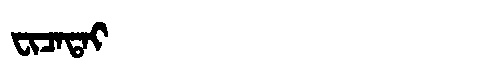
Manchu: ᠸᡳᠴᠠᡨᠠᡳ
Romanization: FICATAI